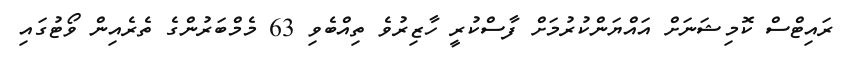
ރައިޓްސް ކޮމިޝަނަށް އައްޔަންކުރުމަށް ފާސްކުރީ ހާޒިރުވެ ތިއްބެވި 63 މެމްބަރުންގެ ތެރެއިން ވޯޓުގައި